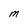
Character: M